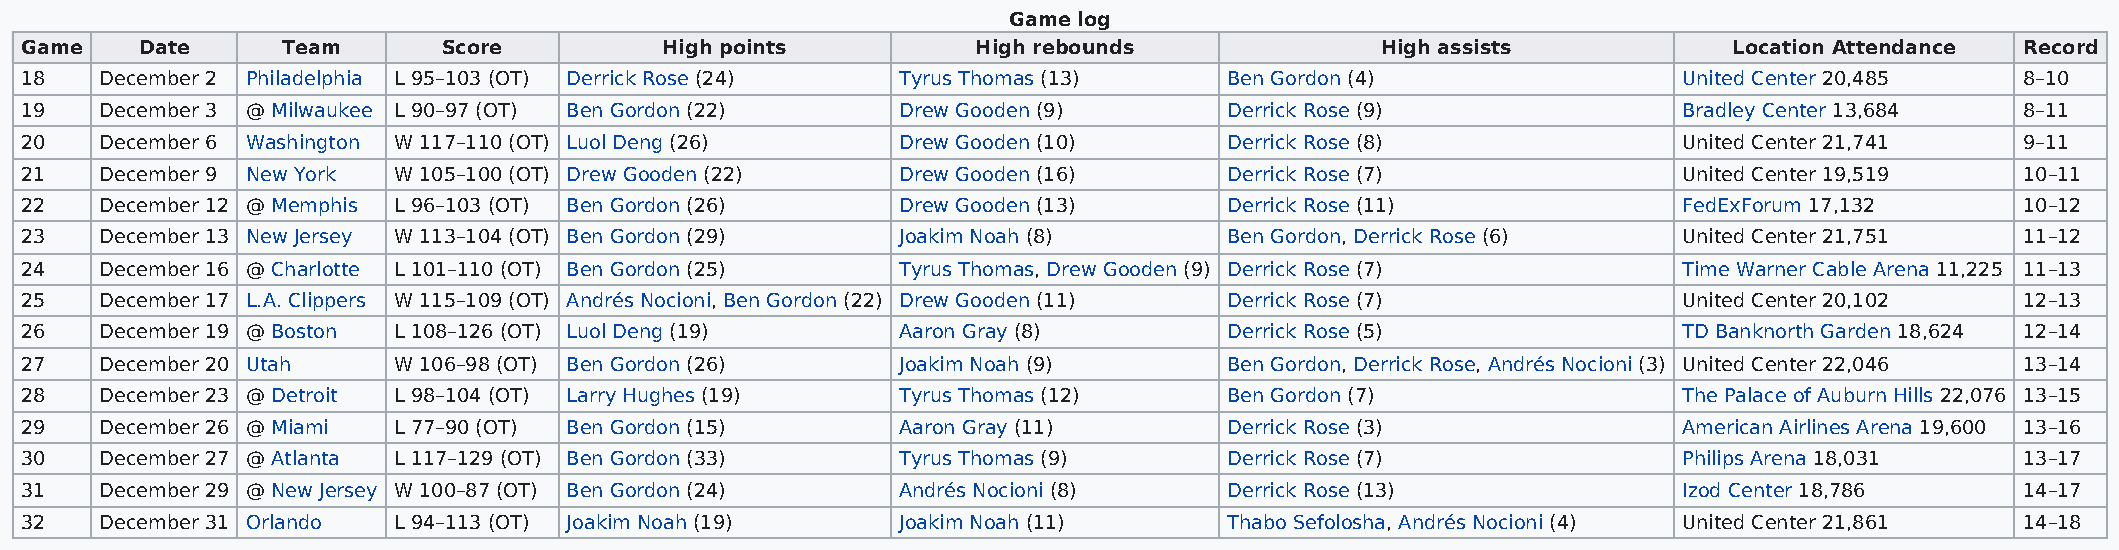
Game log
 Game    Date      Team      Score          High points          High rebounds             High assists            Location Attendance Record
 18    December 2 Philadelphia L 95–103 (OT) Derrick Rose (24) Tyrus Thomas (13) Ben Gordon (4)                United Center 20,485   8–10
 19    December 3 @ Milwaukee L 90–97 (OT) Ben Gordon (22)  Drew Gooden (9)      Derrick Rose (9)              Bradley Center 13,684  8–11
 20    December 6 Washington W 117–110 (OT) Luol Deng (26)  Drew Gooden (10)     Derrick Rose (8)              United Center 21,741   9–11
 21    December 9 New York W 105–100 (OT) Drew Gooden (22)  Drew Gooden (16)     Derrick Rose (7)              United Center 19,519   10–11
 22    December 12 @ Memphis L 96–103 (OT) Ben Gordon (26)  Drew Gooden (13)     Derrick Rose (11)             FedExForum 17,132      10–12
 23    December 13 New Jersey W 113–104 (OT) Ben Gordon (29) Joakim Noah (8)     Ben Gordon, Derrick Rose (6)  United Center 21,751   11–12
 24    December 16 @ Charlotte L 101–110 (OT) Ben Gordon (25) Tyrus Thomas, Drew Gooden (9) Derrick Rose (7)   Time Warner Cable Arena 11,225 11–13
 25    December 17 L.A. Clippers W 115–109 (OT) Andrés Nocioni, Ben Gordon (22) Drew Gooden (11) Derrick Rose (7) United Center 20,102 12–13
 26    December 19 @ Boston L 108–126 (OT) Luol Deng (19)   Aaron Gray (8)       Derrick Rose (5)              TD Banknorth Garden 18,624 12–14
 27    December 20 Utah   W 106–98 (OT) Ben Gordon (26)     Joakim Noah (9)      Ben Gordon, Derrick Rose, Andrés Nocioni (3) United Center 22,046 13–14
 28    December 23 @ Detroit L 98–104 (OT) Larry Hughes (19) Tyrus Thomas (12)   Ben Gordon (7)                The Palace of Auburn Hills 22,076 13–15
 29    December 26 @ Miami L 77–90 (OT) Ben Gordon (15)     Aaron Gray (11)      Derrick Rose (3)              American Airlines Arena 19,600 13–16
 30    December 27 @ Atlanta L 117–129 (OT) Ben Gordon (33) Tyrus Thomas (9)     Derrick Rose (7)              Philips Arena 18,031   13–17
 31    December 29 @ New Jersey W 100–87 (OT) Ben Gordon (24) Andrés Nocioni (8) Derrick Rose (13)             Izod Center 18,786     14–17
 32    December 31 Orlando L 94–113 (OT) Joakim Noah (19)   Joakim Noah (11)     Thabo Sefolosha, Andrés Nocioni (4) United Center 21,861 14–18